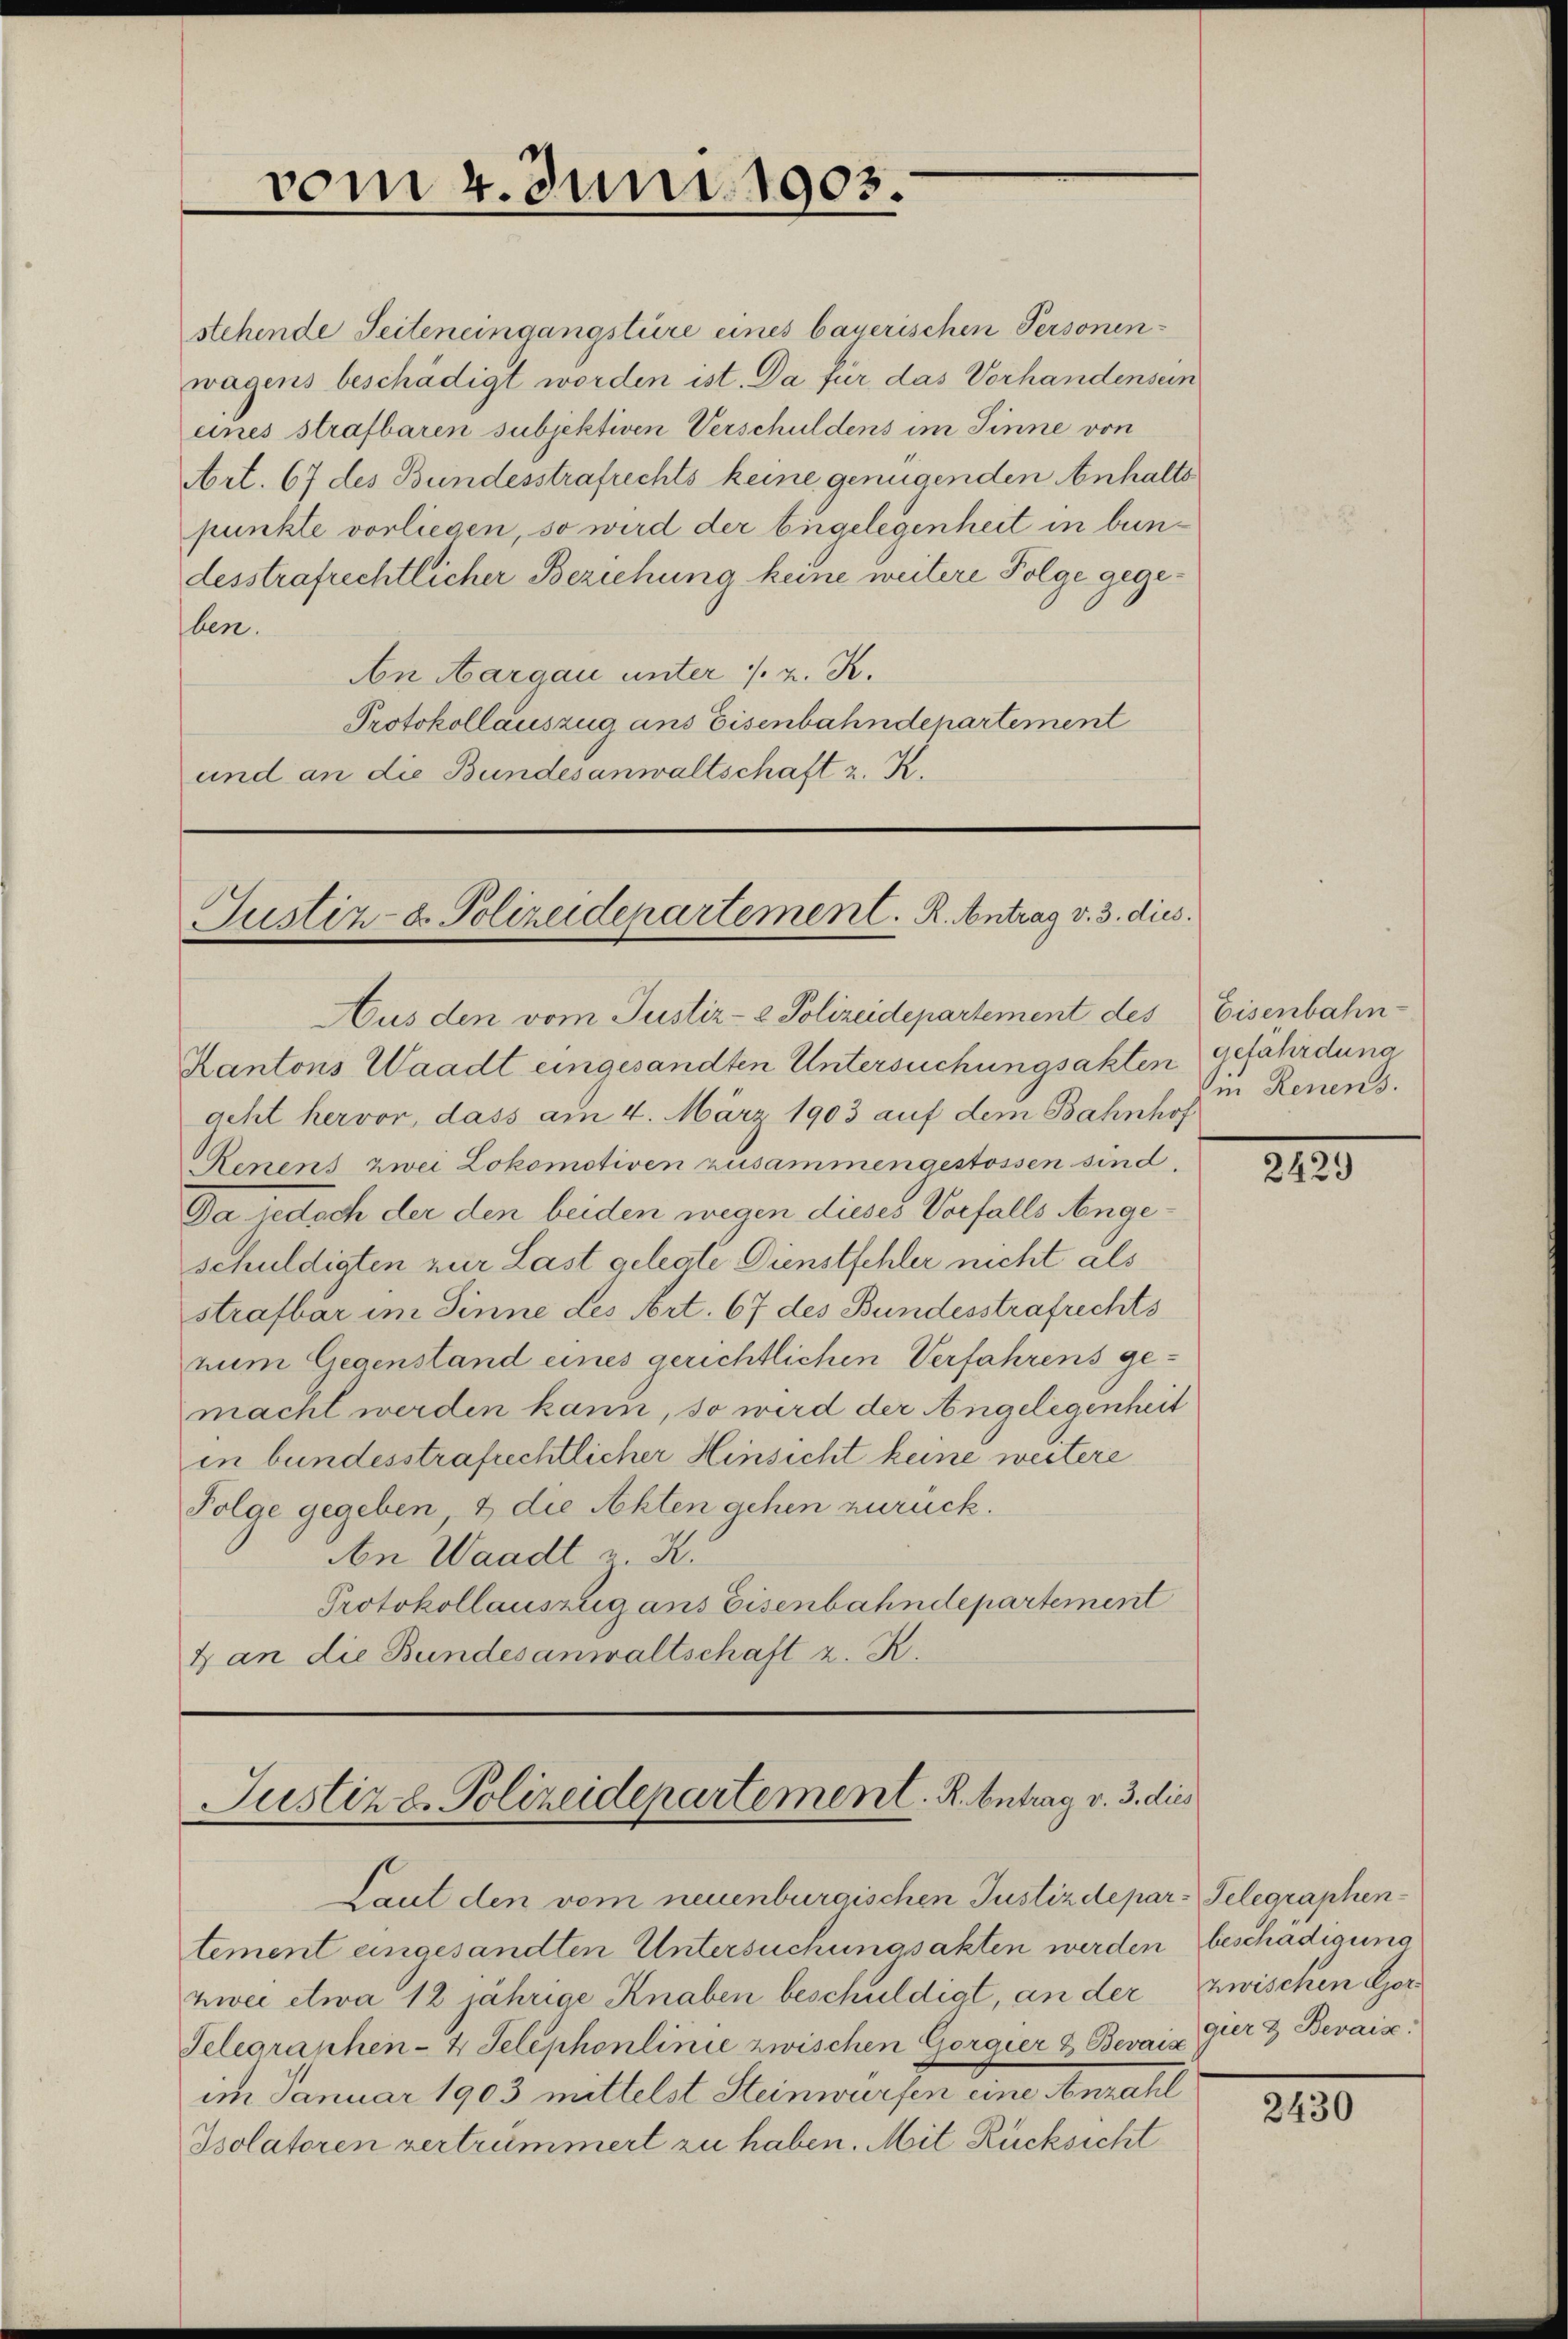
vom 4. Juni 1903.

Justiz- u. Polizeidepartement. R. Antrag v. 3. dies
Aus den vom Justiz- & Polizeidepartement des Eisenbahn-

stehende Seiteneingangstüre eines bauerischen Personen-
wagens beschädigt worden ist. Da für das Vorhandensein
eines strafbaren subjektiven Verschuldens im Sinne von
Art. 67 des Bundesstrafrechts keine genügenden Anhalts
punkte vorliegen, so wird der bugelegenheit in bundesstrafrechtlicher Beziehung keine weitere Folge gegeben.
An Aargau unter ./. v. K.
Protokollauszug ans Eisenbahndepartement
und an die Bundesanwaltschaft z. K.

Kantons Waadt eingesandten Untersuchungsakten gefährdung
acht hervor, dass am 4. März 1903 auf dem Bahnhof
Renens zwei Lokomotiven zusammengestossen sind.
Da jedoch der den beiden wegen dieses Verfalls Sengeschuldigten zur Last gelegte Dienstfehler nicht als
strafbar im Sinne des Art. 67 des Bundesstrafrechts
num Gegenstand eines gerichtlichen Verfahrens gemacht werden kann, so wird der Angelegenheit
in bundesstrafrechtlicher Hinsicht keine weitere
Folge gegeben & die Akten gehen zurück.
An Waadt K.
Protokollauszug ans Eisenbahndepartement
& an die Bundesanwaltschaft z. R.

Laut den vom neuenburgischen Justizdepar-Telegraphentement eingesandten Untersuchungsakten werden beschädigung
nici etwa 12 jährige Knaben beschuldigt, an der zwischen Gor¬
Telegraphen-4 Telephonlinie zwischen Gorgier & Bevaix
im Januar 1903 mittelst Steinwürfen eine Anzahl
Isolatoren vertrümmert zu haben. Mit Rücksicht

Justiz z. Polizeidepartement. R. Antrag v. 3. dies

in Renens.

2429

gier & Bevaise.

2430